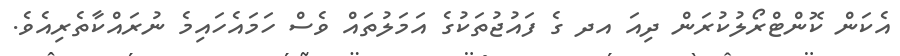
އެކަން ކޮންޓްރޯލުކުރަން ދިއަ އދ ގެ ފައުޖުތަކުގެ އަމަލުތައް ވެސް ހަމައެހައިމެ ނުރައްކާތެރިއެވެ.